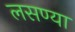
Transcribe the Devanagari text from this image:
लसण्या